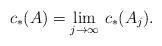
LaTeX: \begin{align*}c_*(A)=\lim_{j\to\infty}\,c_*(A_j).\end{align*}